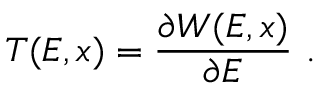
T ( E , x ) = { \frac { \partial W ( E , x ) } { \partial E } } \ .